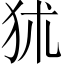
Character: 𤝞